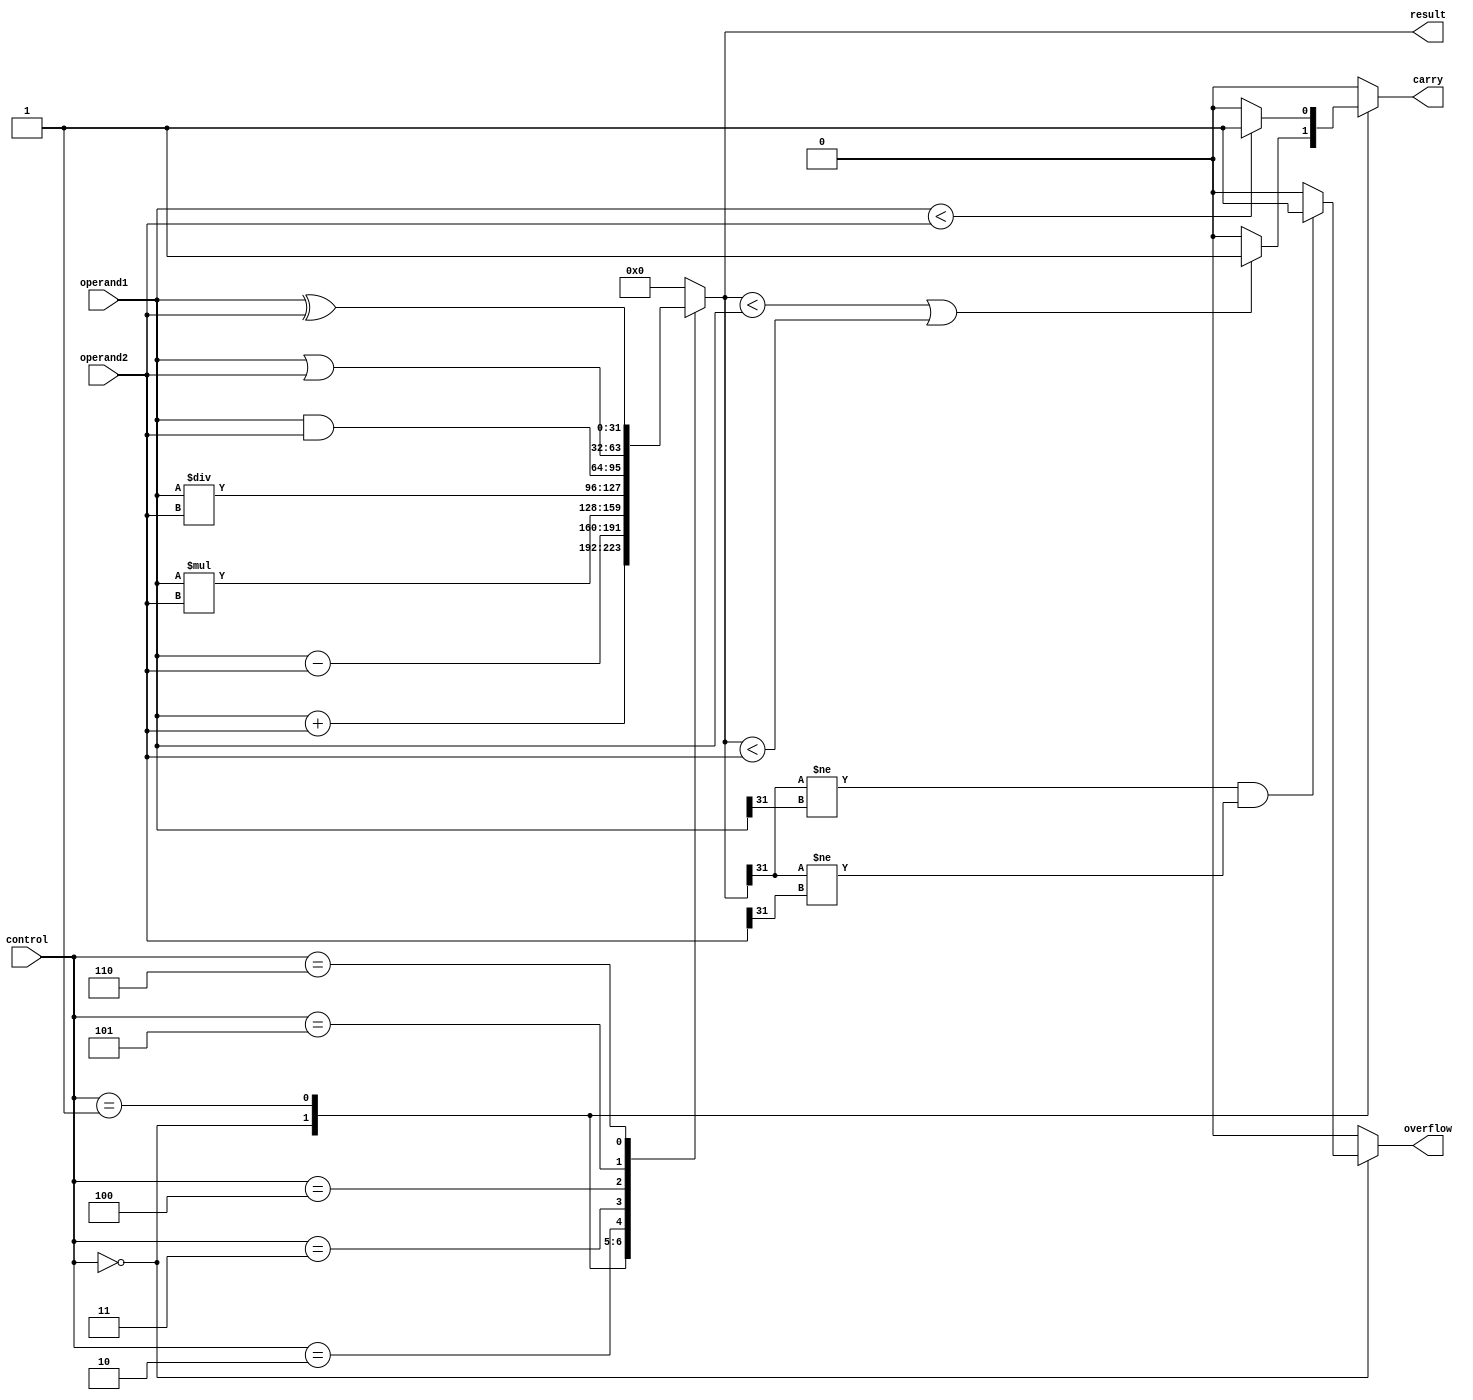
module alu (
  input [31:0] operand1,
  input [31:0] operand2,
  input [2:0] control,
  output reg [31:0] result,
  output reg carry,
  output reg overflow
);

always @ (operand1, operand2, control) begin
  case (control)
    3'b000: result = operand1 + operand2; // Addition
    3'b001: result = operand1 - operand2; // Subtraction
    3'b010: result = operand1 * operand2; // Multiplication
    3'b011: result = operand1 / operand2; // Division
    3'b100: result = operand1 & operand2; // Bitwise AND
    3'b101: result = operand1 | operand2; // Bitwise OR
    3'b110: result = operand1 ^ operand2; // Bitwise XOR
    default: result = 0; // Default case (no operation)
  endcase
end

// Carry and overflow flags
always @* begin
  case (control)
    3'b000: begin // Addition
      if (result < operand1 || result < operand2)
        carry = 1;
      else
        carry = 0;
      if (result[31] != operand1[31] && result[31] != operand2[31])
        overflow = 1;
      else
        overflow = 0;
    end
    3'b001: begin // Subtraction
      if (operand1 < operand2)
        carry = 1;
      else
        carry = 0;
      // Overflow flag calculation for subtraction not implemented
      overflow = 0;
    end
    default: begin // All other operations
      carry = 0;
      overflow = 0;
    end
  endcase
end

endmodule